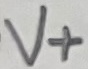
Text: V+